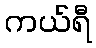
ကယ်ရီ